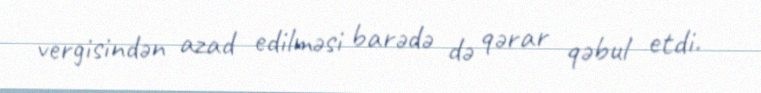
vergisindən azad edilməsi barədə də qərar qəbul etdi.